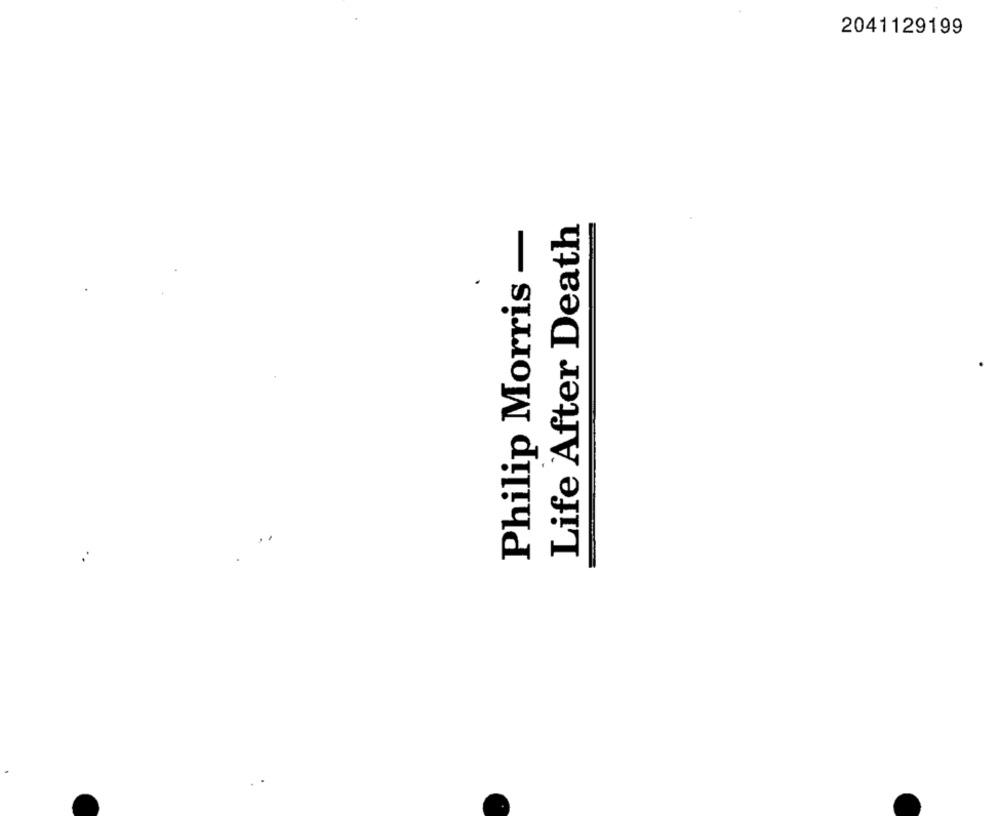
2041129199
Philip Morris -
Life After Death